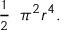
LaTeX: { \begin{array} { l } { { \frac { 1 } { 2 } } } \end{array} } \pi ^ { 2 } r ^ { 4 } .